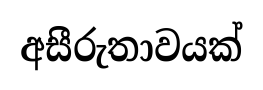
අසීරුතාවයක්